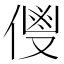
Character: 𬿌